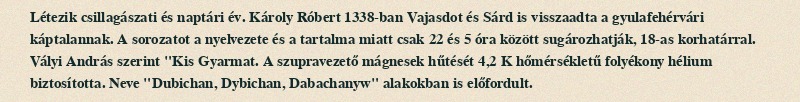
Létezik csillagászati és naptári év. Károly Róbert 1338-ban Vajasdot és Sárd is visszaadta a gyulafehérvári káptalannak. A sorozatot a nyelvezete és a tartalma miatt csak 22 és 5 óra között sugározhatják, 18-as korhatárral. Vályi András szerint "Kis Gyarmat. A szupravezető mágnesek hűtését 4,2 K hőmérsékletű folyékony hélium biztosította. Neve "Dubichan, Dybichan, Dabachanyw" alakokban is előfordult.